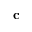
\mathbf { c }